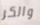
والكر